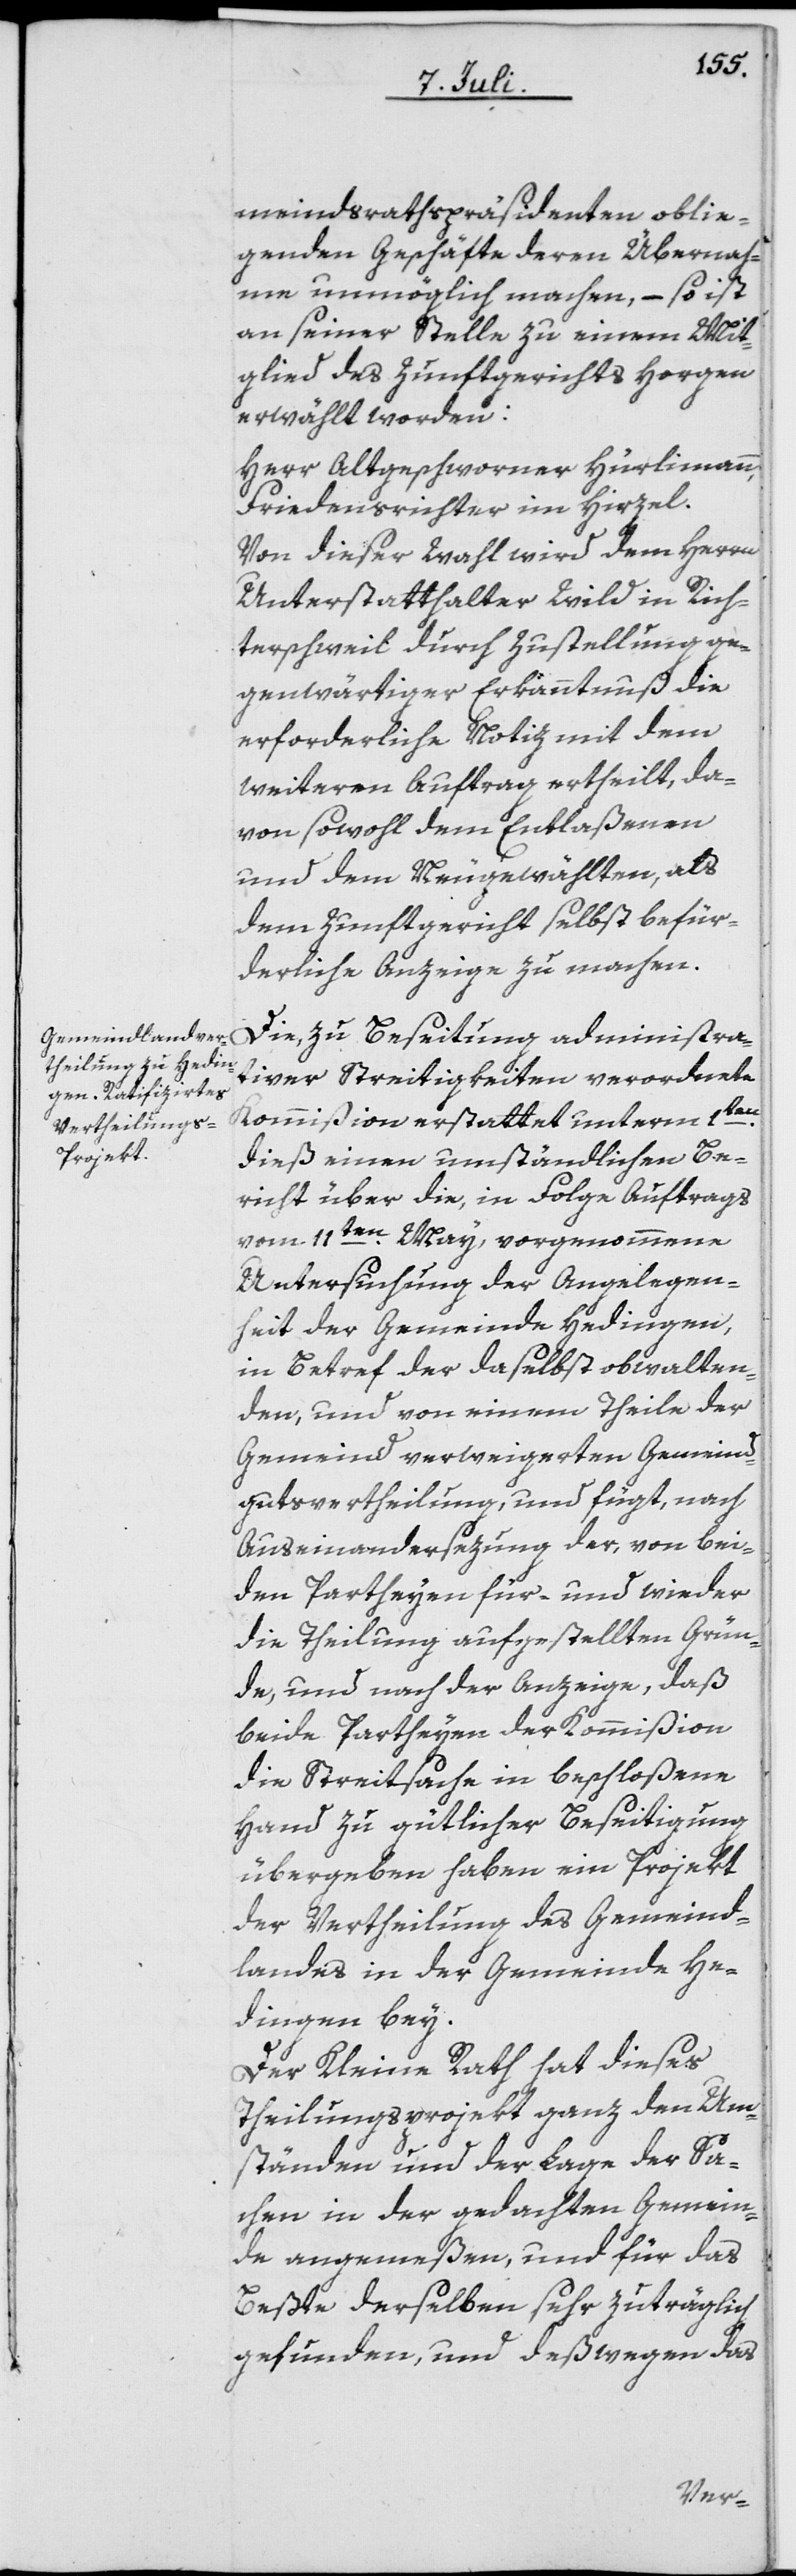
meindsrathspräsidenten oblie¬
genden Geschäfte deren Übernah¬
me unmöglich machen, – so ist
an seiner Stelle zu einem Mit¬
glied des Zunftgerichts Horgen
erwählt worden:
Herr Altgeschworner Hürlimann,
Friedensrichter im Hirzel.
Von dieser Wahl wird dem Herrn
Unterstatthalter Wild in Rich¬
terschweil durch Zustellung ge¬
genwärtiger Erkanntnuß die
erforderliche Notiz mit dem
weiteren Auftrag ertheilt, da¬
von sowohl dem Entlaßenen
und dem Neugewählten, als
dem Zunftgericht selbst befür¬
derliche Anzeige zu machen.
Die, zu Beseitung administra¬
tiver Streitigkeiten verordnete
Kommißion erstattet unterm 1ten
dieß einen umständlichen Be¬
richt über die, in Folge Auftrags
vom 11ten May, vorgenommene
Untersuchung der Angelegen¬
heit der Gemeinde Hedingen,
in Betref der daselbst obwalten¬
den, und von einem Theile der
Gemeind verweigerten Gemeind¬
gutsvertheilung, und fügt, nach
Auseinandersezung der, von bei¬
den Partheyen für- und wieder
die Theilung aufgestellten Grün¬
de, und nach der Anzeige, daß
beide Partheyen der Kommißion
die Streitsache in beschloßene
Hand zu gütlicher Beseitigung
übergeben haben ein Projekt
der Vertheilung des Gemeind¬
landes in der Gemeinde He¬
dingen bey.
Der Kleine Rath hat dieses
Theilungsprojekt ganz den Um¬
ständen und der Lage der Sa¬
chen in der gedachten Gemein¬
de angemeßen, und für das
Beßte derselben sehr zuträglich
gefunden, und deßwegen das